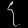
Digit: ၄